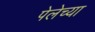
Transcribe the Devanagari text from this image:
पेलेच्या